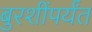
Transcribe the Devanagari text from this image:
बुरशींपर्यंत